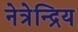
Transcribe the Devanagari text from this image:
नेत्रेन्द्रिय